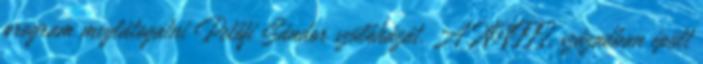
program meglátogatni Petőfi Sándor szülőházát. A XVIII. században épült